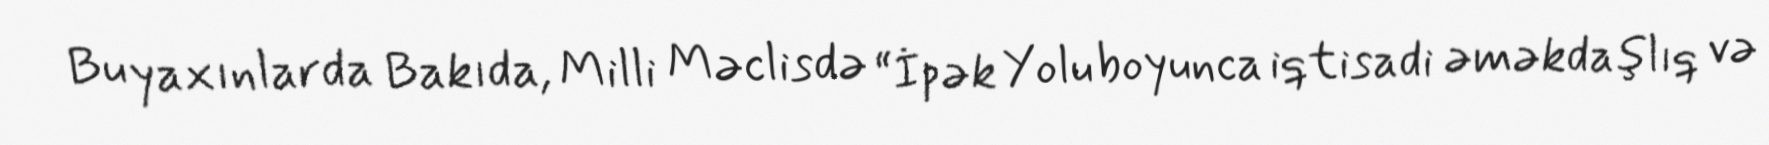
Bu yaxınlarda Bakıda, Milli Məclisdə “İpək Yolu boyunca iqtisadi əməkdaşlıq və